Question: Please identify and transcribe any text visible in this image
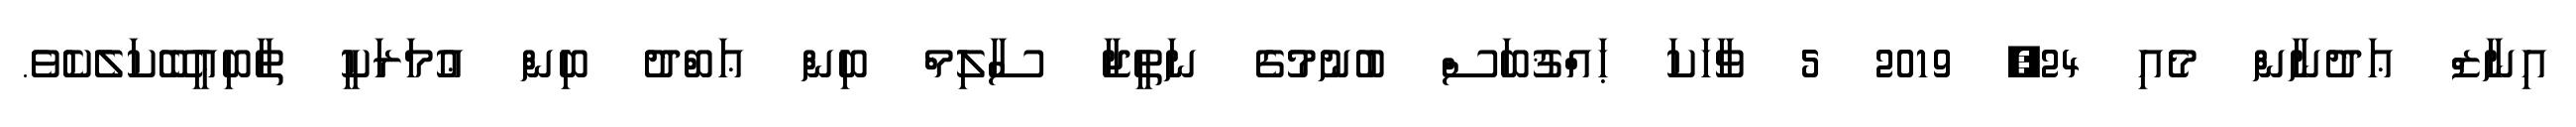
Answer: އިނާޒް ޢަދުނާން މެއި 24, 2019 5 ވާހަކަ ޙައްޤުބަސް ބުނުމުގެ ނަތީޖާ ސާލިމް ބިން ޢަބްދު ބިން ޢުމަރަކީ ތާބިޢީބޭކަލެކެވެ.